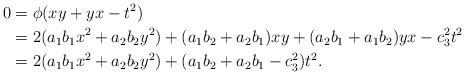
LaTeX: \begin{align*}0 &= \phi(xy+yx-t^2) \\&= 2(a_1b_1 x^2 + a_2b_2 y^2) + (a_1b_2+a_2b_1)xy + (a_2b_1+a_1b_2)yx - c_3^2 t^2 \\&= 2(a_1b_1 x^2 + a_2b_2 y^2) + (a_1b_2 + a_2b_1-c_3^2)t^2.\end{align*}